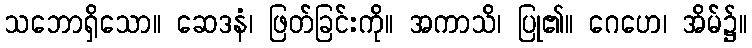
သဘောရှိသော။ ဆေဒနံ၊ ဖြတ်ခြင်းကို။ အကာသိ၊ ပြု၏။ ဂေဟေ၊ အိမ်၌။